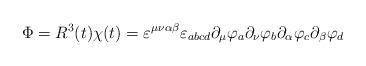
LaTeX: \begin{align*}\Phi = R^{3}(t) \chi(t) = \varepsilon^{\mu\nu\alpha\beta} \varepsilon_{abcd} \partial_{\mu} \varphi_{a} \partial_{\nu} \varphi_{b} \partial_{\alpha} \varphi_{c} \partial_{\beta} \varphi_{d}\end{align*}